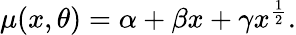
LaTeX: \begin{array}{r}{\mu(x,\theta)=\alpha+\beta x+\gamma x^{\frac{1}{2}}.}\end{array}